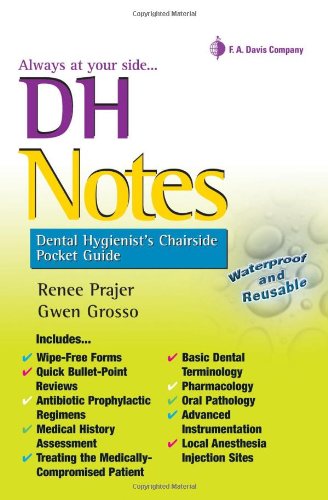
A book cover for DH Notes: Dental Hygienist's Chairside Pocket Guide; Renee Prajer RDH  MS; Medical Books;